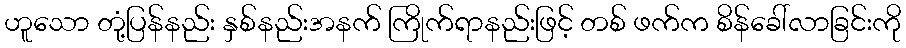
ဟူသော တုံ့ပြန်နည်း နှစ်နည်းအနက် ကြိုက်ရာနည်းဖြင့် တစ် ဖက်က စိန်ခေါ်လာခြင်းကို